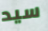
سيد